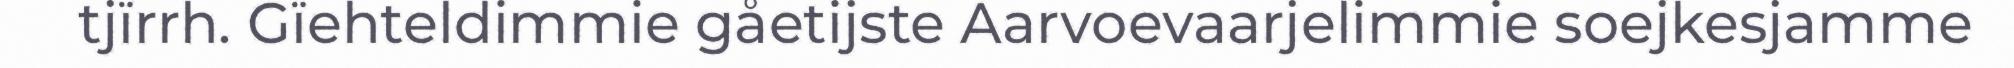
tjïrrh. Gïehteldimmie gåetijste Aarvoevaarjelimmie soejkesjamme